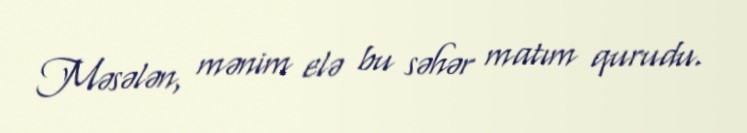
Məsələn, mənim elə bu səhər matım qurudu.